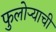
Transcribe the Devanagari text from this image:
फुलोऱ्याची